Report of the Municipal Commissioner on the plague in Bombay for the year ending 31st May... - Volume 1
Disease focus: Plague
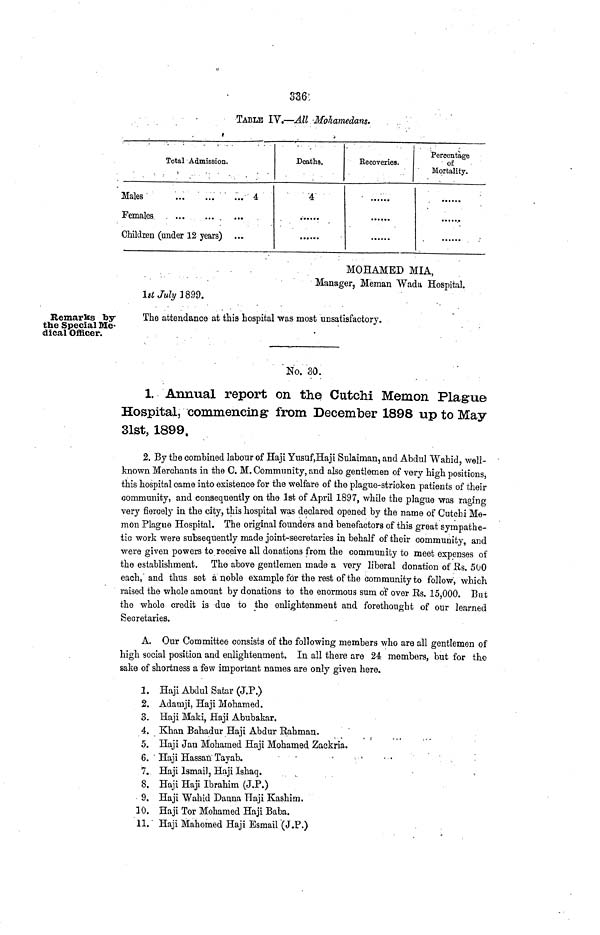
336
TABLE IV.—All Mohamedans.
Total Admission.
Males
4
Females
Children (under 12 years) ...
Deaths.
4
Recoveries.
......
Percentage
of
Mortality.
......
MOHAMED MIA,
Manager, Meman Wada Hospital.
1st July 1899.
Remarks by
the Special Me-
dical Officer.
The attendance at this hospital was most unsatisfactory.
No. 30.
1. Annual report on the Cutchi Memon Plague
Hospital, commencing from December 1898 up to May
31st, 1899.
2. By tbe combined labour of Haji Yusuf,Haji Sulaiman, and Abdul Wabid, well-
known Merchants in the C. M. Community, and also gentlemen of very high positions,
this hospital came into existence- for the welfare of the plague-stricken patients of their
community, and consequently on the 1st of April 1897, while the plague was raging
very fiercely in the city, this hospital was declared opened by the name of Cutchi Me-
mon Plague Hospital. The original founders and benefactors of this great sympathe-
tic work were subsequently made joint-secretaries in behalf of their community, and
were given powers to receive all donations from the community to meet expenses of
the establishment. The above gentlemen made a very liberal donation of Rs. 500
each, and thus set a noble example for the rest of the community to follow, which
raised the whole amount by donations to the enormous sum of over Rs. 15,000. But
the whole credit is due to the enlightenment and forethought of our learned
Secretaries.
A. Our Committee consists of the following members who are all gentlemen of
high social position and enlightenment. In all there are 24 members, but for the
sake of shortness a few important names are only given here.
1. Haji Abdul Satar (J.P.)
2. Adamji, Haji Mohamed.
3. Haji Maki, Haji Abubakar.
4. Khan Bahadur Haji Abdur Rahman.
5. Haji Jan Mohamed Haji Mohamed Zackria.
6. Haji Hassan Tayab.
7. Haji Ismail, Haji Ishaq.
8. Haji Haji Ibrahim (J.P.)
9. Haji Wahid Danna Haji Kashim.
10. Haji Tor Mohamed Haji Baba.
11. Haji Mahomed Haji Esmail (J.P.)